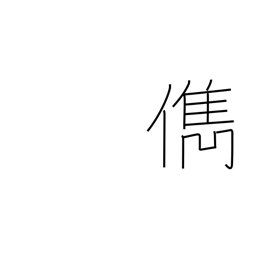
Meaning: talented person